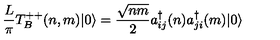
\frac { L } { \pi } T _ { B } ^ { + + } ( n , m ) | 0 \rangle = { \frac { \sqrt { n m } } { 2 } } a _ { i j } ^ { \dagger } ( n ) a _ { j i } ^ { \dagger } ( m ) | 0 \rangle